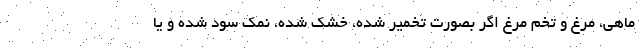
ماهی، مرغ و تخم مرغ اگر بصورت تخمیر شده، خشک شده، نمک سود شده و یا